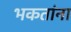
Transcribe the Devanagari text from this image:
भकतांना